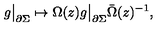
g \bigr | _ { \partial \Sigma } \mapsto \Omega ( z ) g \bigr | _ { \partial \Sigma } \bar { \Omega } ( z ) ^ { - 1 } ,